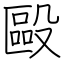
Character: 毆